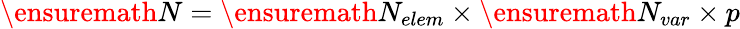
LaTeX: \ensuremath{N}=\ensuremath{N_{elem}}\times\ensuremath{N_{var}}\times p